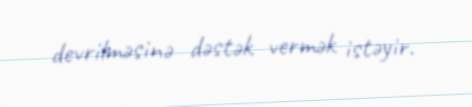
devrilməsinə dəstək vermək istəyir.